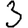
Digit: 3